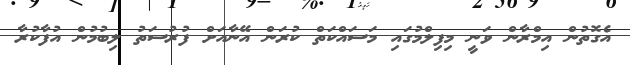
އެގޮތުން އިމްރާން ވަނީ މިފިލްމުގައި މަސައްކަތް ކުރަން އޭނާއަށް ފުރުސަތު ލިބުމުން އުފާކުރާ